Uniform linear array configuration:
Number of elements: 32
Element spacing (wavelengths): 0.25
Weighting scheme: uniform
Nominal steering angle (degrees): -45
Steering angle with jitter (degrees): -45.594
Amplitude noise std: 0.05
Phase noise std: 0.05

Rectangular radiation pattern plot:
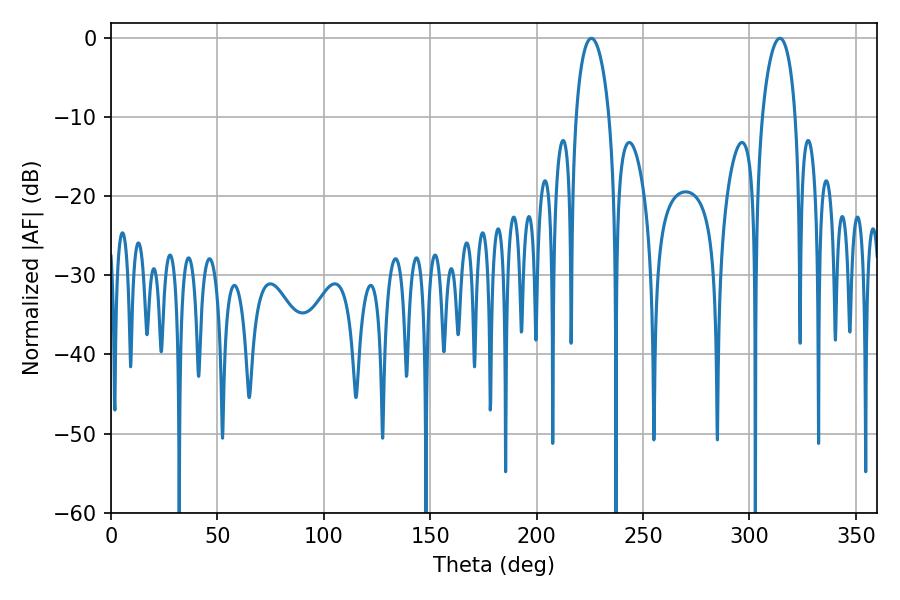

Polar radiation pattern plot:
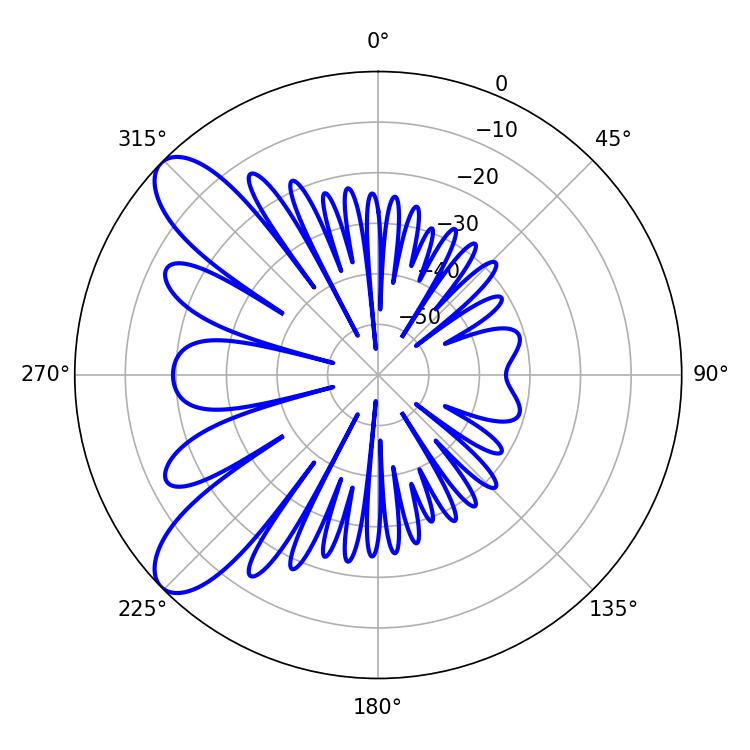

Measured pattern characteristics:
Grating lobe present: FALSE
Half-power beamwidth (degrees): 9
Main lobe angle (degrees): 225.72